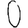
Digit: 0